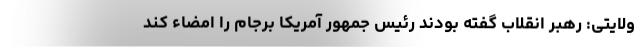
ولایتی: رهبر انقلاب گفته بودند رئیس جمهور آمریکا برجام را امضاء کند